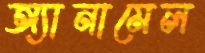
অ্যানামেল